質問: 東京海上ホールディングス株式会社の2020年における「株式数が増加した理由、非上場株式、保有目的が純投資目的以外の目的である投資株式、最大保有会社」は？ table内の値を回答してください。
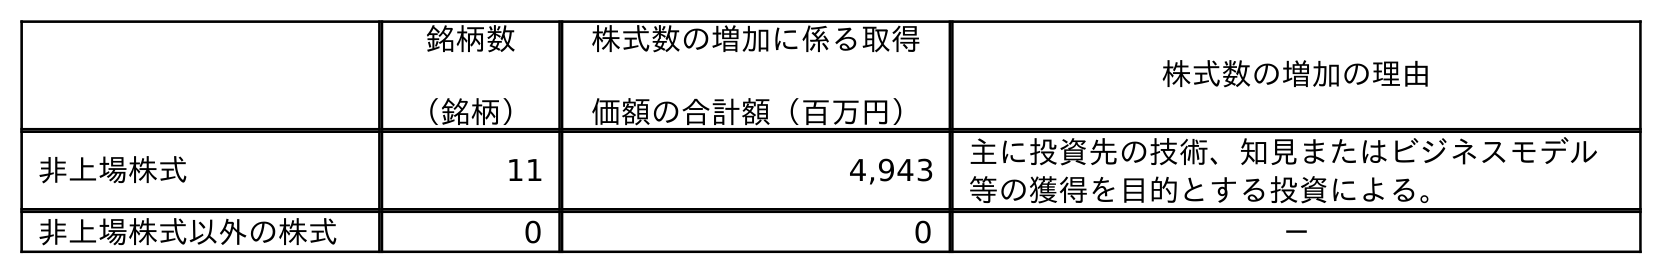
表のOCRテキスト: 銘柄数 （銘柄） 株式数の増加に係る取得 価額の合計額（百万円） 株式数の増加の理由 非上場株式 11 4,943 主に投資先の技術、知見またはビジネスモデル 等の獲得を目的とする投資による。 非上場株式以外の株式 0 0 －
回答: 主に投資先の技術、知見またはビジネスモデル等の獲得を目的とする投資による。